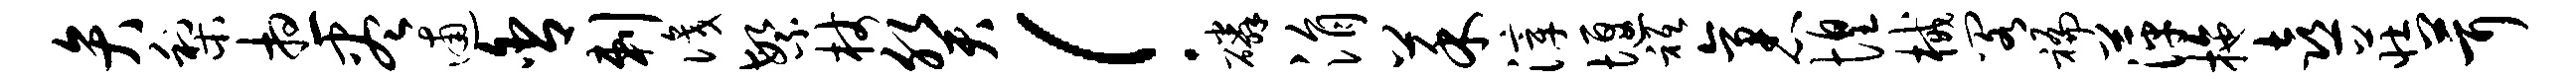
弁梨想尽逋舍剌识繁杖癸！磷涓菜滓堰只袤惶械阁褊萍拖喜庄茸